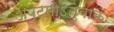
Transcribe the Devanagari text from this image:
अष्टमोऽनुवाकः